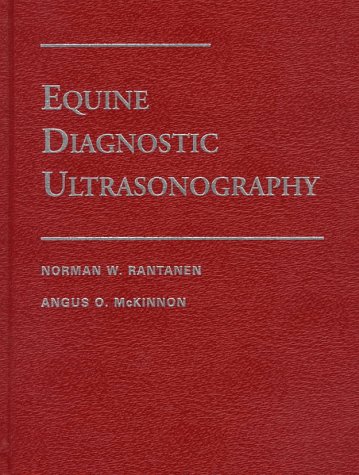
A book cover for Equine Diagnostic Ultrasonography; Norman Rantanen; Medical Books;